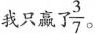
我只赢了\frac{3}{7}。